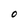
Character: O